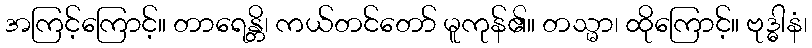
အကြင့်ကြောင့်။ တာရေန္တိ၊ ကယ်တင်တော် မူကုန်၏။ တသ္မာ၊ ထိုကြောင့်။ ဗုဒ္ဓါနံ၊